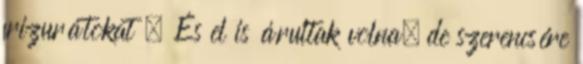
frizurátokat . És el is árultak volna, de szerencsére